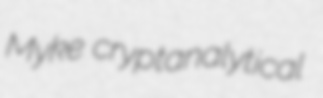
Myke cryptanalytical